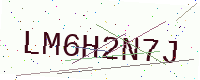
Text: LM6H2N7J